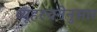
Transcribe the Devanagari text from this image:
व्यूहरचनेनुसार